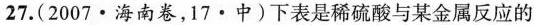
27.(2007·海南卷，17·中)下表是稀硫酸与某金属反应